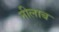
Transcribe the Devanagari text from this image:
नीलाब